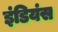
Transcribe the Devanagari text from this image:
इंडियंस